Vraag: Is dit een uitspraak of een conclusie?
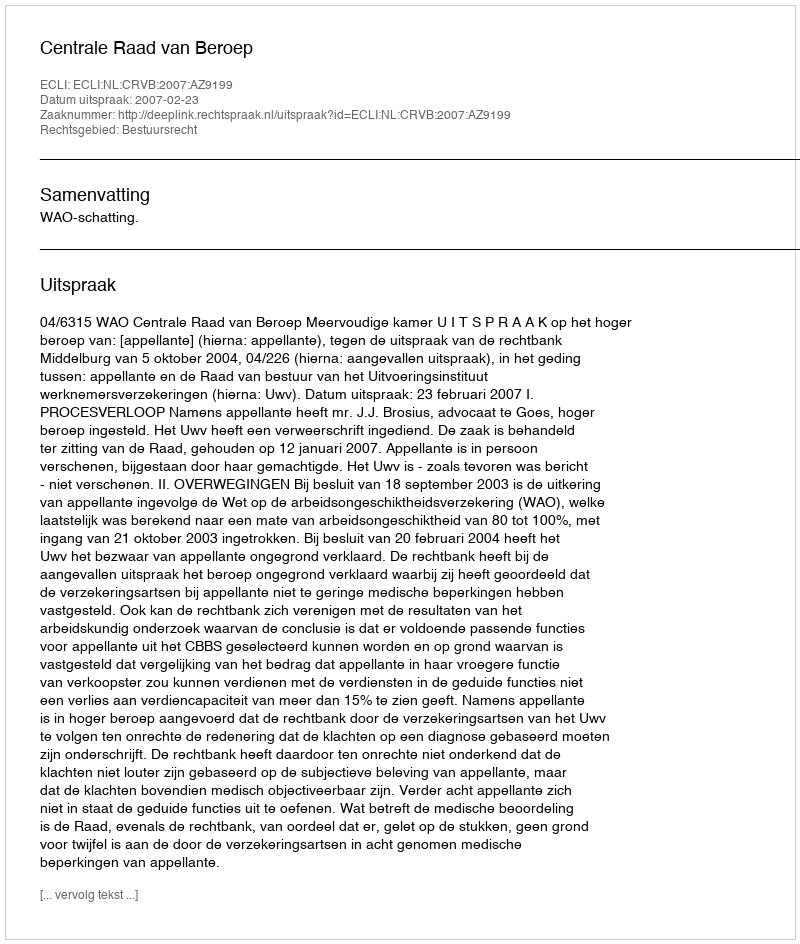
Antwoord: Uitspraak